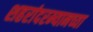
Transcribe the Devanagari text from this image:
शहरांदरम्यानच्या